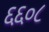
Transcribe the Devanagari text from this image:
६६०८